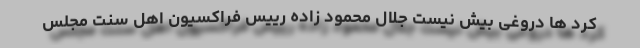
کُرد ها دروغی بیش نیست جلال محمود زاده رییس فراکسیون اهل سنت مجلس